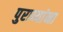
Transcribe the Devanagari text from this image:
पुराव्यांना